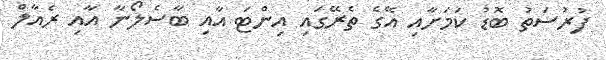
ފުރުސަތު ބޮޑު ކަމަށާއި އޭގެ ތެރޭގައި އިންޓަ އާއި ބާސެލޯނާ އާއި ރެއާލް